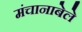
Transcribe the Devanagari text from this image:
मंचानाबेले